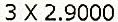
3 X 2.9000